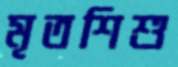
মৃতশিশু